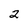
Character: 2